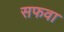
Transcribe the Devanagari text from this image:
सफवा